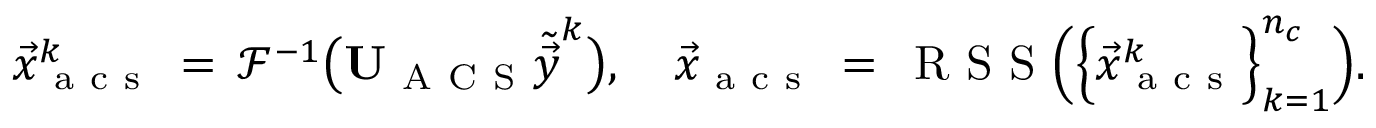
\vec { x } _ { \mathrm { ~ a ~ c ~ s ~ } } ^ { k } \, = \, \mathcal { F } ^ { - 1 } \big ( \mathbf { U } _ { \mathrm { ~ A ~ C ~ S ~ } } \tilde { \vec { y } } ^ { k } \big ) , \quad \vec { x } _ { \mathrm { ~ a ~ c ~ s ~ } } \, = \, \mathrm { ~ R ~ S ~ S ~ } \Big ( \Big \{ \vec { x } _ { \mathrm { ~ a ~ c ~ s ~ } } ^ { k } \Big \} _ { k = 1 } ^ { n _ { c } } \Big ) .